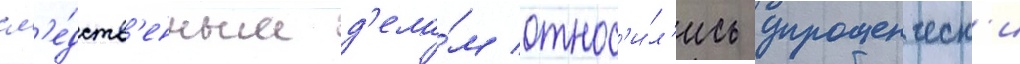
сл'е́дств'енным д'ела́м относ'и́л'ись упрощенческ'и